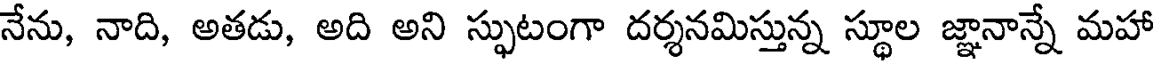
నేను, నాది, అతడు, అది అని స్ఫుటంగా దర్శనమిస్తున్న స్థూల జ్ఞానాన్నే మహా